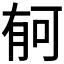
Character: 𣍳